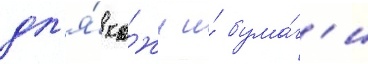
дл'я́ ко́жи и́ бума́г'и